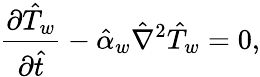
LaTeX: \frac{\partial\hat{T}_{w}}{\partial\hat{t}}-\hat{\alpha}_{w}\hat{\nabla}^{2}\hat{T}_{w}=0,